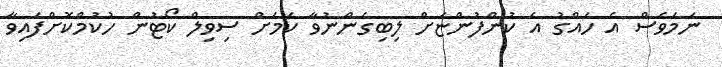
ނަމަވެސް އެ ހައްގު އެ ކުންފުންޏަށް ލިބިގެންނުވާ ކަމަށް ސިވިލް ކޯޓުން ހުކުމްކޮށްފައިވާ